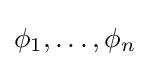
\phi _{1},\ldots ,\phi _{n}